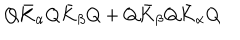
LaTeX: Q \bar { K } _ { \alpha } Q \bar { K } _ { \beta } Q + Q \bar { K } _ { \beta } Q \bar { K } _ { \alpha } Q